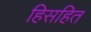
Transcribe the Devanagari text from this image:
हिसहित